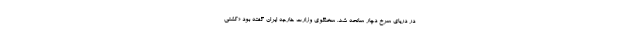
در دریای سرخ دچار سانحه شد. سخنگوی وزارت خارجه ایران گفته بود «کشتی